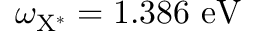
\omega _ { \mathrm { { X ^ { * } } } } = 1 . 3 8 6 ~ \mathrm { { e V } }